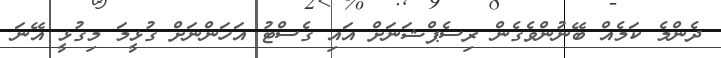
ދެންމެ ކަމެއް ބޭނުންވެގެން ރިސެޕްޝަނަށް އައި ގެސްޓު އަހަންނަށް ގުޅީމަ މިގުޅީ އޭނަ